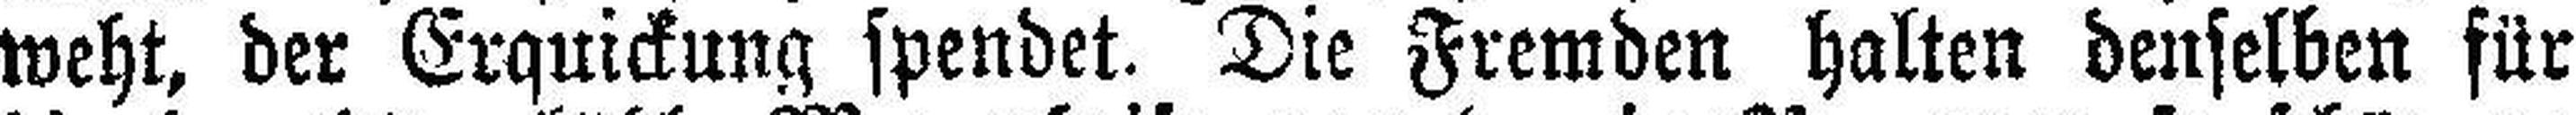
weht, der Erquickung spendet. Die Fremden halten denselben für